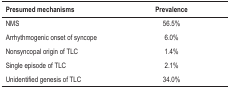
| Presumed mechanisms | Prevalence |
 | --- | --- |
 | NMS | 56.5% |
 | Arrhythmogenic onset of syncope | 6.0% |
 | Nonsyncopal origin of TLC | 1.4% |
 | Single episode of TLC | 2.1% |
 | Unidentified genesis of TLC | 34.0% |